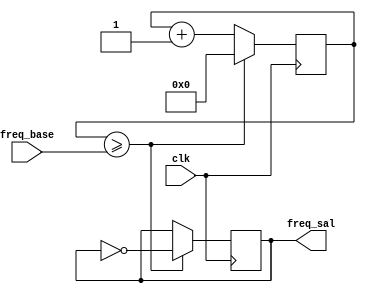
//////////////////////////////////////////////////////////////////////////////////
// University: 	 UPB
// Module Name:    divisor_freq 
// Project Name: 	 ControlPID
// Target Device:  DE0-Nano
//////////////////////////////////////////////////////////////////////////////////
module divisor_freq(clk, freq_base, freq_sal);

input  clk;
input  [31:0] freq_base;//freq_base= [(clk/2)/(freq)]
output freq_sal;

reg [31:0]cont1=0;
reg [0:0] cont2=0;

always @ (posedge clk)
begin
	
   if (cont1 >= freq_base)
		begin
		cont1 <= 32'd0;
		cont2 <= ~cont2;
		end
	else 
		begin
		cont1 <= cont1 + 1;
		end
end
assign freq_sal = cont2;
endmodule